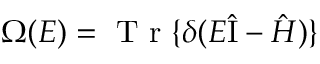
\Omega ( E ) = \mathrm { ~ T ~ r ~ } \{ \delta ( E \hat { \mathrm { I } } - \hat { H } ) \}